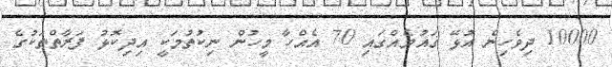
10000 ދިވެހިން އުޅޭ ޤައުމެއްގައި 70 އެއްހާ މީހުން ނިކުތުމަކީ އިދިކޮޅު ފަރާތްތަކުގެ